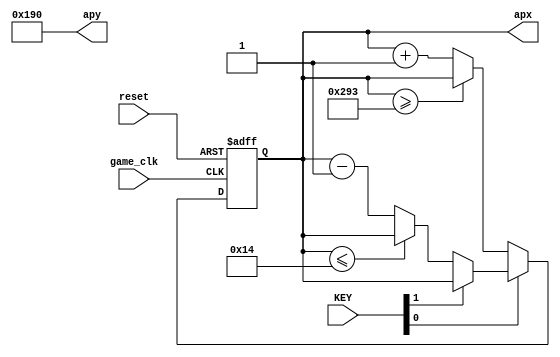
// position of airplane
module airplane_pos (game_clk, reset, KEY, apx, apy);
	input reset, game_clk;
	input [2:0] KEY;	
	output reg [9:0] apx;
	output [9:0] apy;
	
	assign apy = 400;
	always @(posedge game_clk or posedge reset) begin
		if(reset) begin apx <= 340; end
		else begin
			if(~KEY[0]) begin // if KEY0 is pushed
				if(apx >= 659 ) apx <= apx; // out of range : nothing   // apx >= less than 659 -> error.. why?? :(
				else apx <= apx + 1;
			end
			else if (~KEY[1]) begin
				if( apx <= 20) apx <= apx;// nothing
				else apx <= apx - 1;
			end
		end
	end
endmodule